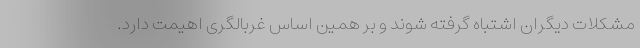
مشکلات دیگران اشتباه گرفته شوند و بر همین اساس غربالگری اهیمت دارد.